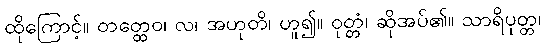
ထိုကြောင့်။ တတ္ထေဝ၊ လ၊ အဟုတိ၊ ဟူ၍။ ဝုတ္တံ၊ ဆိုအပ်၏။ သာရိပုတ္တ၊